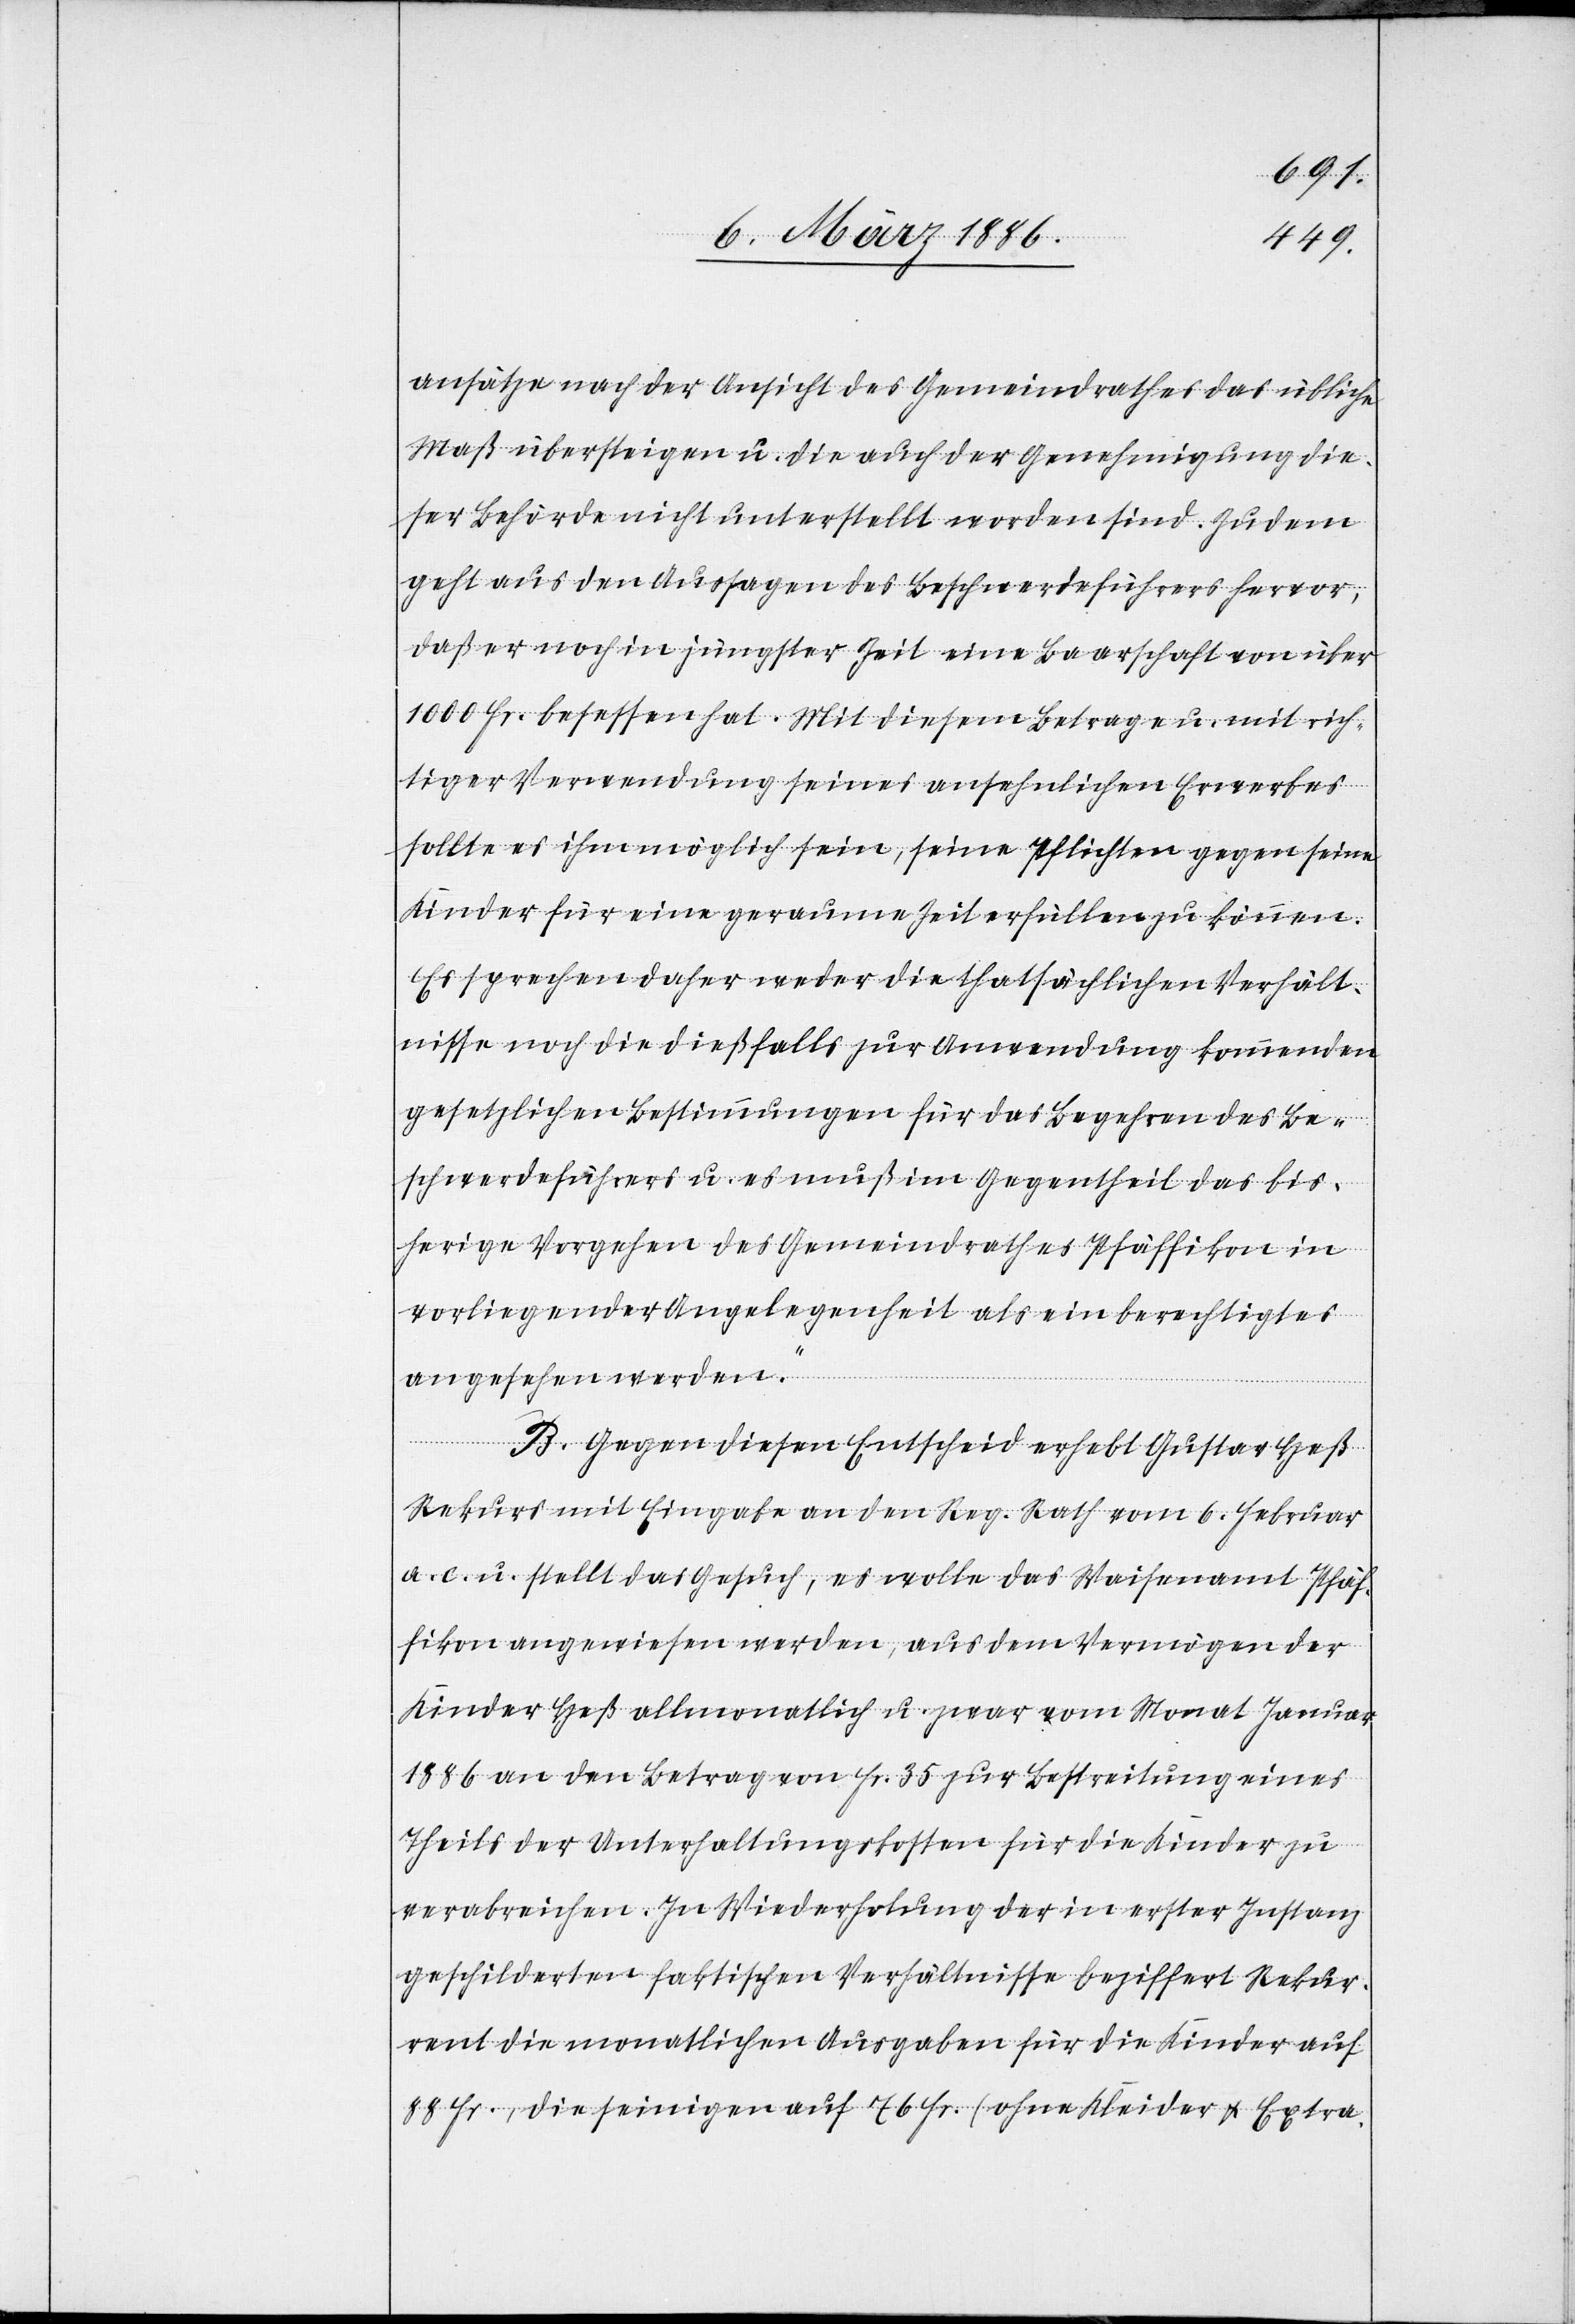
ansätze nach der Ansicht des Gemeindrathes das übliche
Maß übersteigen u. die auch der Genehmigung die¬
ser Behörde nicht unterstellt worden sind. Zudem
geht aus den Aussagen des Beschwerdeführers hervor,
daß er noch in jüngster Zeit eine Baarschaft von über
1000 Fr. besessen hat. Mit diesem Betrage u. mit rich¬
tiger Verwendung seines ansehnlichen Erwerbes
sollte es ihm möglich sein, seine Pflichten gegen seine
Kinder für eine geraume Zeit erfüllen zu können.
Es sprechen daher weder die thatsächlichen Verhält¬
nisse noch die dießfalls zur Anwendung kommenden
gesetzlichen Bestimmungen für das Begehren des Be¬
schwerdeführers u. es muß im Gegentheil das bis¬
herige Vorgehen des Gemeindrathes Pfäffikon in
vorliegender Angelegenheit als ein berechtigtes
angesehen werden.“
B. Gegen diesen Entscheid erhebt Gustav Heß
Rekurs mit Eingabe an den Reg. Rath vom 6. Februar
a. c. u. stellt das Gesuch, es wolle das Waisenamt Pfäf¬
fikon angewiesen werden, aus dem Vermögen der
Kinder Heß allmonatlich u. zwar vom Monat Januar
1886 an den Betrag von Fr. 36 zur Bestreitung eines
Theils der Unterhaltungskosten für die Kinder zu
verabreichen. In Wiederholung der in erster Instanz
geschilderten faktischen Verhältnisse beziffert Rekur¬
rent die monatlichen Ausgaben für die Kinder auf
88 Fr., die seinigen auf 76 Fr. (ohne Kleider & Extra-